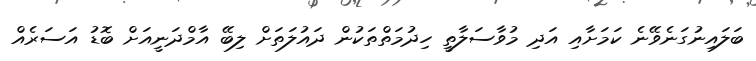
ބަލައިނުގަނެވޭނެ ކަމަށާއި އަދި މުވާސަލާތީ ހިދުމަތްތަކުން ދައުލަތަށް ލިބޭ އާމްދަނީއަށް ބޮޑު އަސަރެއް